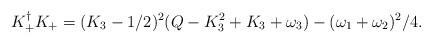
LaTeX: \begin{align*} K_{+}^{\dagger}K_{+}=(K_3-1/2)^2(Q-K_3^2+K_3+\omega_3)-(\omega_1+\omega_2)^2/4.\end{align*}